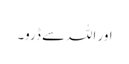
اور اللہ سے ڈرو۔